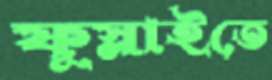
ফুস্‌লাইতে